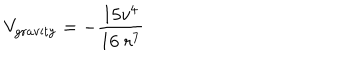
V _ { \mathrm { g r a v i t y } } = - \frac { 1 5 v ^ { 4 } } { 1 6 \; r ^ { 7 } }